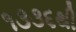
૧૩૩૬થી